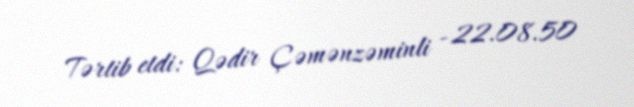
Tərtib etdi: Qədir Çəmənzəminli - 22.08.50